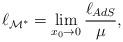
LaTeX: \begin{align*}\ell_{{\cal M}^*} = \lim_{x_0 \to 0} {\ell_{AdS}\over\mu},\end{align*}